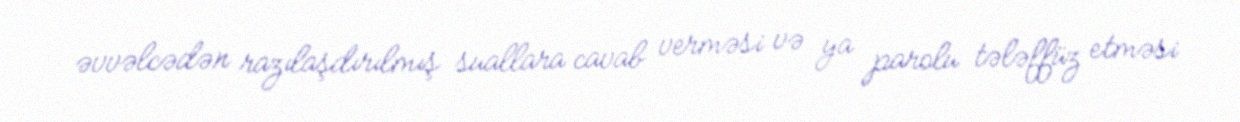
əvvəlcədən razılaşdırılmış suallara cavab verməsi və ya parolu tələffüz etməsi